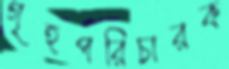
গৃহপরিচারক